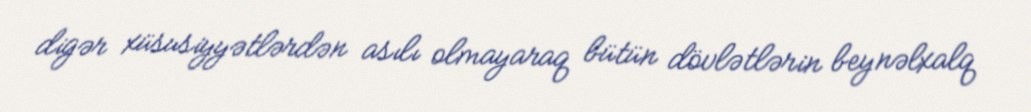
digər xüsusiyyətlərdən asılı olmayaraq bütün dövlətlərin beynəlxalq